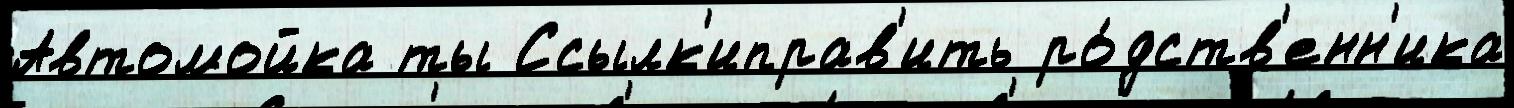
Автомойка ты Ссылк'иправ'ить ро́дств'енн'ика